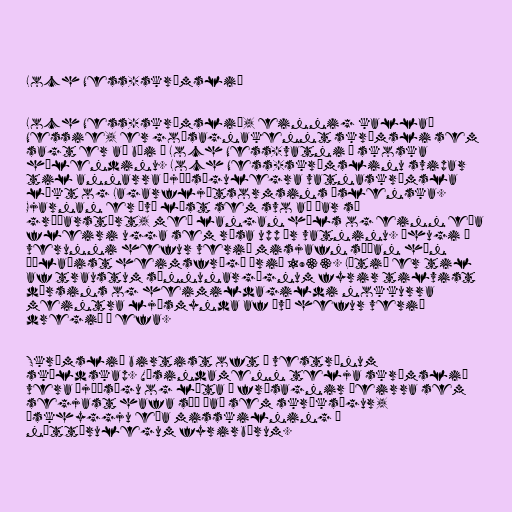
Loch Ness-skrímslið

Loch Ness-skrímslið, einnig kallað
Nessie, er goðsagnakennt skrímsli sem
sagt er að búi í Loch Ness-vatni á skoska
hálendinu. Loch Ness-skrímslinu svipar
til annarra þjóðsögulegra vatnaskrímsla
líkt og Lagarfljótsormsins íslenska.
Gjarnan er því lýst sem svo að þar sé
gríðarstórt, með langan háls og einn eða
fleiri ugga sem rísa upp úr vatninu. Áhugi á
verunni hefur verið misjafn síðan hún
öðlaðist heimsfrægð árið 1933. Lítið er til
af traustum sönnunargögnum fyrir tilvist
dýrsins og heimildagildi nokkurra
meintra ljósmynda af því hefur verið
dregið í efa.

Skrímslið birtist oft í vestrænum
skáldskap. Vísindamenn telja skrímslið
vera þjóðsögu og líta á frásagnir þeirra sem
segjast hafa séð það sem skröksögur,
óskhyggju eða misskilning á
náttúrulegum fyrirbærum.